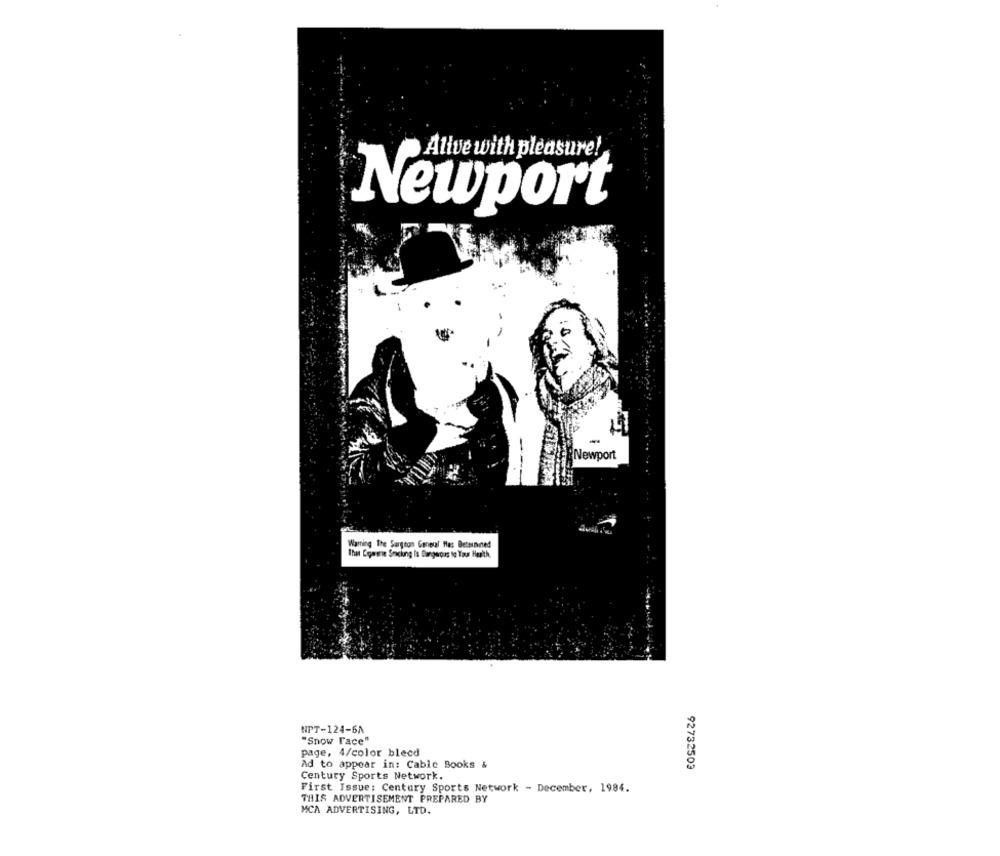
Allve with pleasure!
Newport
Newport
Warning The Surgeon General Has Betunned
That Comme Smaclung Is Dangerous to Your Health,
NPT-124-6A
"Snow Face"
page, 4/color blecd
Ad to appear in: Cable Books &
92732503
Century Sports Network.
First Issue: Century Sports Network - December, 1984.
THIS ADVERTISEMENT PREPARED BY
MCA ADVERTISING, LTD.